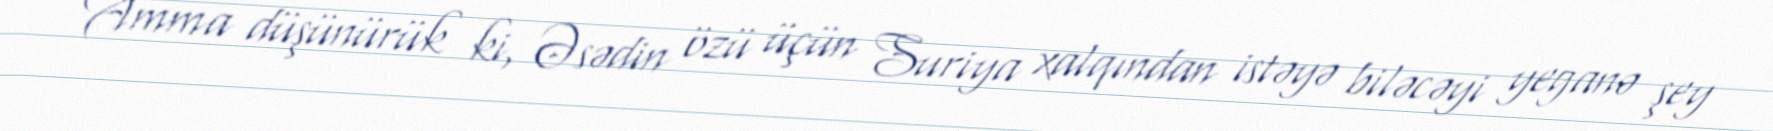
Amma düşünürük ki, Əsədin özü üçün Suriya xalqından istəyə biləcəyi yeganə şey